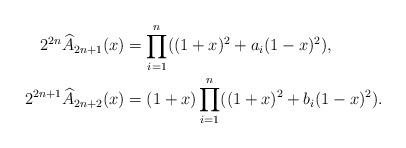
LaTeX: \begin{align*}2^{2n}\widehat{A}_{2n+1}(x)&=\prod_{i=1}^n((1+x)^2+a_i(1-x)^2),\\2^{2n+1}\widehat{A}_{2n+2}(x)&=(1+x)\prod_{i=1}^n((1+x)^2+b_i(1-x)^2).\end{align*}